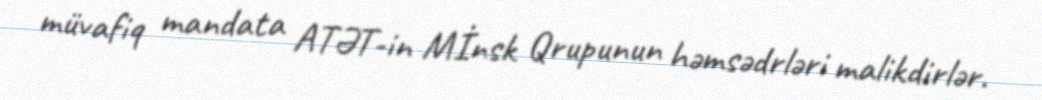
müvafiq mandata ATƏT-in Mİnsk Qrupunun həmsədrləri malikdirlər.